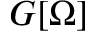
G [ \Omega ]